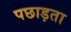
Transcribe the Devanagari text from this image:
पछाड़ता